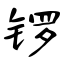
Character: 锣